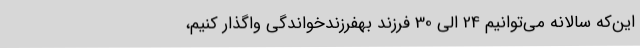
این‌که سالانه می‌توانیم 24 الی 30 فرزند بهفرزندخواندگی واگذار کنیم،